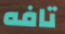
تافه